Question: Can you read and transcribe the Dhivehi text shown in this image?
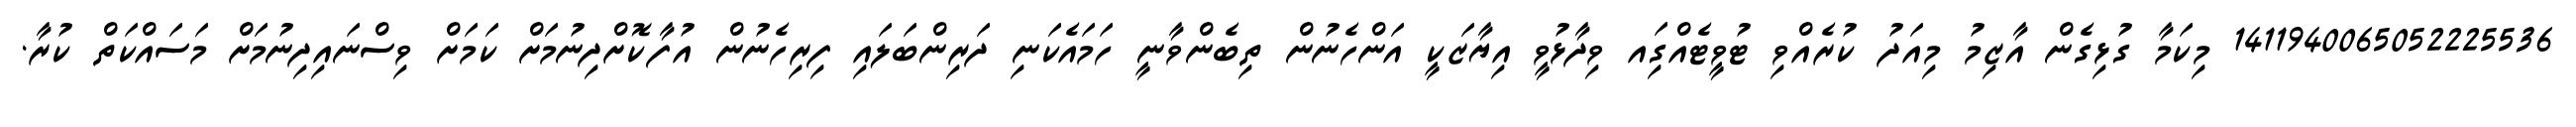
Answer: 1411940065052225536 މިކަމާ ގުޅިގެން އާޒިމު މިއަދު ކުރެއްވި ޓުވީޓެއްގަިއ ވިދާޅުވީ އިޔާޒަކީ އަންހެނުން ތިބެންވާނީ ހަމައެކަނި ދަރިންބަލައި ފިރިހެނުން އުފާކޮށްދިނުމަށް ކަމަށް ވިސްނައިދިނުމަށް މަސައްކަތް ކުރާ.